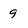
Character: 9